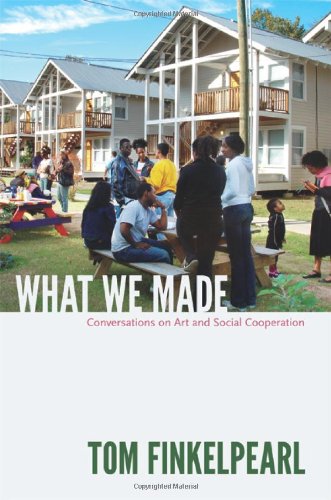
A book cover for What We Made: Conversations on Art and Social Cooperation; Tom Finkelpearl; Arts & Photography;